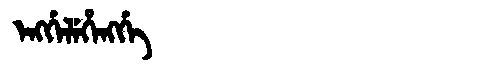
Manchu: ᡝᠩᡤᡝᠯᡝᡥᡝᠩᡤᡝ
Romanization: ENGGELEHENGGE